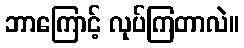
ဘာကြောင့် လုပ်ကြတာလဲ။